Civil Veterinary Department. Central Provinces & Berar 1925-31 - 1925-1931
Year: 1925
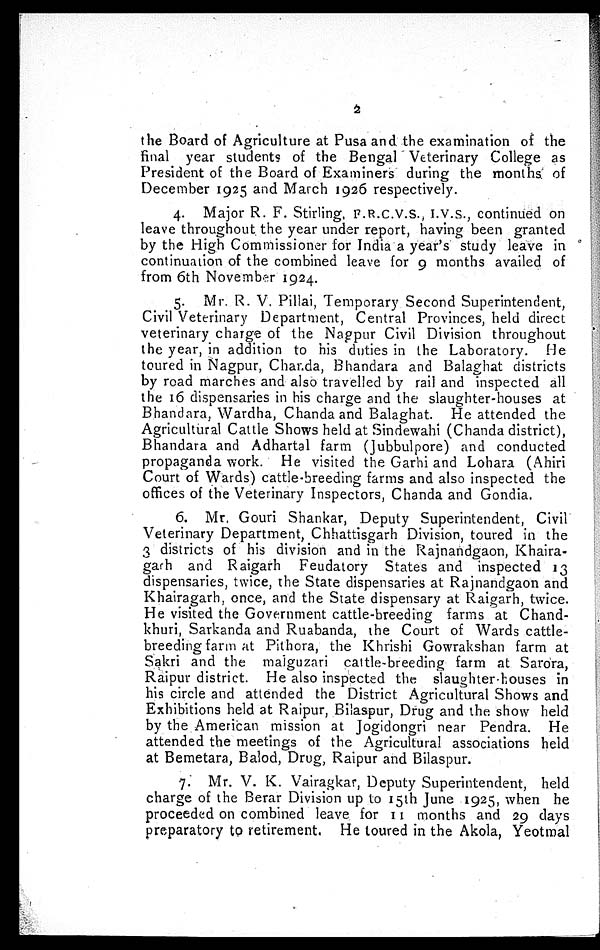
2
the Board of Agriculture at Pusa and the examination of the
final year students of the Bengal Veterinary College as
President of the Board of Examiners during the months of
December 1925 and March 1926 respectively.
4. Major R. F. Stirling, F.R.C.V.S., I.V.S., continued on
leave throughout the year under report, having been granted
by the High Commissioner for India a year's study leave in
continuation of the combined leave for 9 months availed of
from 6th November 1924.
5. Mr. R. V. Pillai, Temporary Second Superintendent,
Civil Veterinary Department, Central Provinces, held direct
veterinary charge of the Nagpur Civil Division throughout
the year, in addition to his duties in the Laboratory. He
toured in Nagpur, Chanda, Bhandara and Balaghat districts
by road marches and also travelled by rail and inspected all
the 16 dispensaries in his charge and the slaughter-houses at
Bhandara, Wardha, Chanda and Balaghat. He attended the
Agricultural Cattle Shows held at Sindewahi (Chanda district),
Bhandara and Adhartal farm (Jubbulpore) and conducted
propaganda work. He visited the Garhi and Lohara (Ahiri
Court of Wards) cattle-breeding farms and also inspected the
offices of the Veterinary Inspectors, Chanda and Gondia.
6. Mr. Gouri Shankar, Deputy Superintendent, Civil
Veterinary Department, Chhattisgarh Division, toured in the
3 districts of his division and in the Rajnandgaon, Khaira-
garh and Raigarh Feudatory States and inspected 13
dispensaries, twice, the State dispensaries at Rajnandgaon and
Khairagarh, once, and the State dispensary at Raigarh, twice.
He visited the Government cattle-breeding farms at Chand-
khuri, Sarkanda and Ruabanda, the Court of Wards cattle-
breeding farm at Pithora, the Khrishi Gowrakshan farm at
Sakri and the malguzari cattle-breeding farm at Sarora,
Raipur district. He also inspected the slaughter houses in
his circle and attended the District Agricultural Shows and
Exhibitions held at Raipur, Bilaspur, Drug and the show held
by the American mission at Jogidongri near Pendra. He
attended the meetings of the Agricultural associations held
at Bemetara, Balod, Drug, Raipur and Bilaspur.
7. Mr. V. K. Vairagkar, Deputy Superintendent, held
charge of the Berar Division up to 15th June 1925, when he
proceeded on combined leave for 11 months and 29 days
preparatory to retirement. He toured in the Akola, Yeotmal